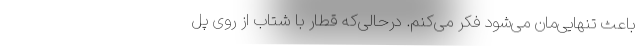
باعث تنهایی‌مان می‌شود فکر می‌کنم. درحالی‌که قطار با شتاب از روی پل